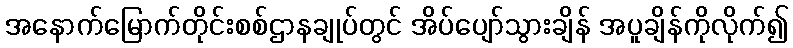
အနောက်မြောက်တိုင်းစစ်ဌာနချုပ်တွင် အိပ်ပျော်သွားချိန် အပူချိန်ကိုလိုက်၍